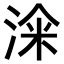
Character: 𣷦